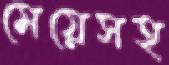
মেয়েসহ